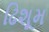
ઢિશૂમ